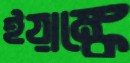
ইয়াঙ্কে